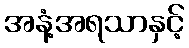
အနံ့အရသာနှင့်